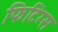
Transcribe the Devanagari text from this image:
फिटिंग्स